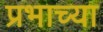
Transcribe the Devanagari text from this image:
प्रभाच्या